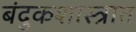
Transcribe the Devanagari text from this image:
बंदुकशास्त्रात